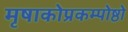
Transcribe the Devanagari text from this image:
मृषाकोप्रकम्पोष्ठो